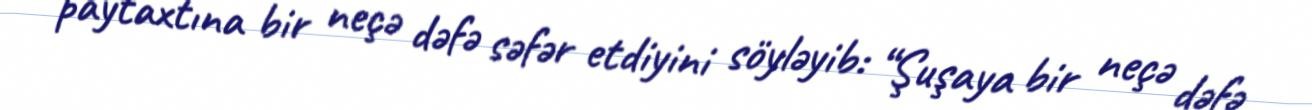
paytaxtına bir neçə dəfə səfər etdiyini söyləyib: “Şuşaya bir neçə dəfə